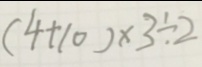
( 4 + 1 0 ) \times 3 \div 2